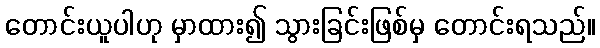
တောင်းယူပါဟု မှာထား၍ သွားခြင်းဖြစ်မှ တောင်းရသည်။